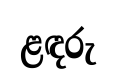
ළඳරු